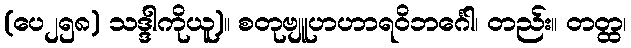
(ပေ၂၅၈) သဒ္ဒါကိုယူ)။ စတုဗျူဟဟာရဝိဘင်္ဂေါ၊ တည်း။ တတ္ထ၊